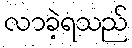
လာခဲ့ရသည်